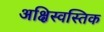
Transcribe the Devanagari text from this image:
अक्षिस्वस्तिक